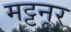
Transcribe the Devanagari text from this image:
मट्टनूर